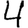
Digit: 4